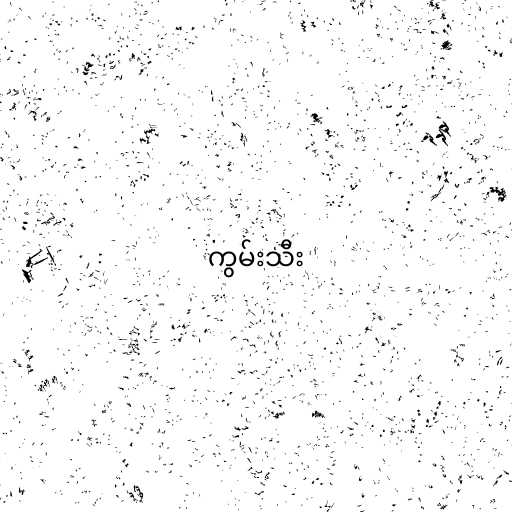
ကွမ်းသီး